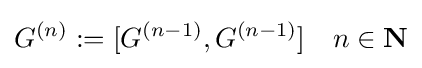
G^{(n)}:=[G^{(n-1)},G^{(n-1)}]\quad n\in \mathbf {N}